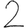
Digit: 2